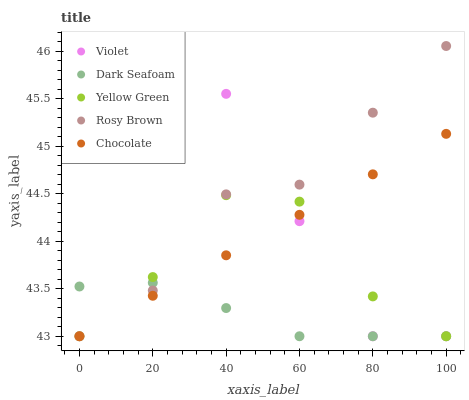
| xaxis_label | Violet | Dark Seafoam | Yellow Green | Rosy Brown | Chocolate |
 | --- | --- | --- | --- | --- | --- |
 | 0 | 44.9 | 43.5 | 43 | 43 | 43 |
 | 20 | 45.8 | 43.6 | 43.6 | 43.5 | 43.4 |
 | 40 | 45.6 | 43.3 | 44.5 | 44.5 | 43.9 |
 | 60 | 44.2 | 43 | 44.4 | 44.6 | 44.3 |
 | 80 | 43 | 43 | 43.4 | 45.4 | 44.7 |
 | 100 | 43 | 43 | 43 | 46.1 | 45.1 |